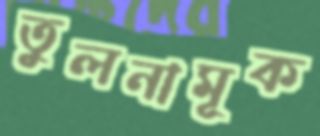
তুলনামূক